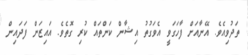
ތަދުވިއެވެ. އޭނާއަށް ފާހަގަވީ އެވަގުތު އިޝާން ކަންތައް ކުރި ގޮތެވެ. އައިޒަން ފަދައިން